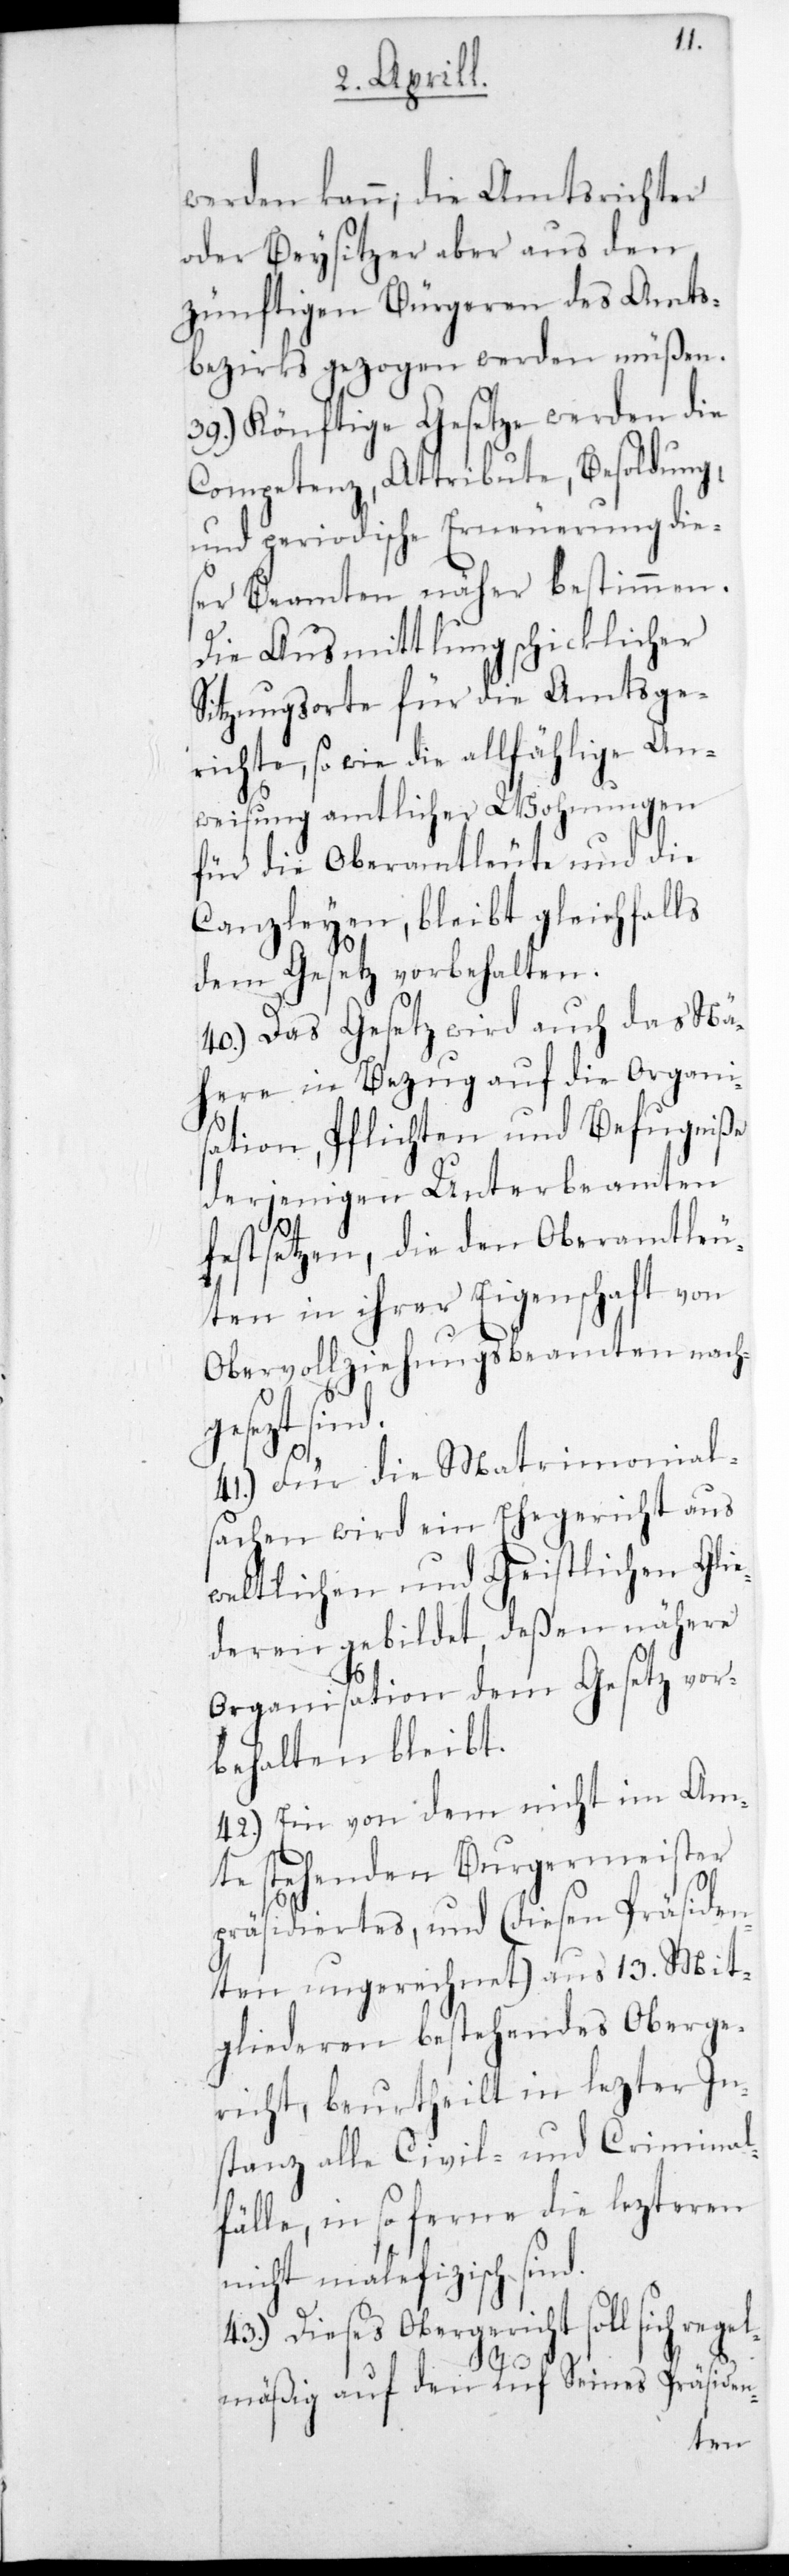
regel¬
werden kann, die Amtsrichter
oder Beysitzer aber aus den
zünftigen Bürgeren des Amts¬
bezirks gezogen werden müßen.
39.) Könftige Gesetze werden die
Competenz, Attribute, Besoldung,
und periodische Erneuerung die¬
ser Beamten näher bestimmen.
Die Ausmittlung schicklicher
Sitzungsorte für die Amtsge¬
richte, sowie die allfählige An¬
weisung amtlicher Wohnungen
für die Oberamtleute und die
Canzleyen, bleibt gleichfalls
dem Gesetz vorbehalten.
40.) Das Gesetz wird auch das Nä¬
here in Bezug auf die Organi¬
sation, Pflichten und Befugniße
derjenigen Unterbeamten
festsetzen, die den Oberamtleu¬
ten in ihrer Eigenschaft von
Obervollziehungsbeamten nach¬
gesezt sind.
41.) Für die Matrimonial¬
sachen wird ein Ehegericht aus
weltlichen und geistlichen Glie¬
deren gebildet, deßen nähere
Organisation dem Gesetz vor¬
behalten bleibt.
42.) Ein von dem nicht im Am¬
te stehenden Burgermeister
präsidiertes, und (diesen Präsiden¬
ten ungerechnet) aus 13. Mit¬
gliederen bestehendes Oberge¬
richt, beurtheilt in letzter In¬
stanz alle Civil- und Criminal¬
fälle, in so ferne die lezteren
nicht malefizisch sind.
Dieses Obergericht soll sich
mäßig auf den Ruf Seines Präsiden-